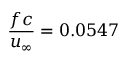
\frac { f c } { u _ { \infty } } = 0 . 0 5 4 7